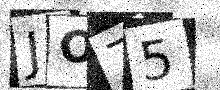
Text: JO75